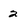
Character: 2